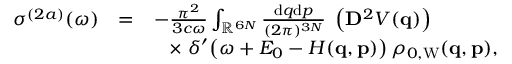
\begin{array} { r l r } { \sigma ^ { ( 2 a ) } ( \omega ) } & { = } & { - \frac { \pi ^ { 2 } } { 3 c \omega } \int _ { \mathbb { R } ^ { 6 N } } \frac { \ensuremath { \mathrm { d } } \b { q } \ensuremath { \mathrm { d } } \b { p } } { ( 2 \pi ) ^ { 3 N } } \; \left( \ensuremath { \mathbf { D } } ^ { 2 } V ( \ensuremath { \mathbf { q } } ) \right) \phantom { x x x x x } } \\ & { } & { \times \; \delta ^ { \prime } \! \left( \omega + E _ { 0 } - H ( \ensuremath { \mathbf { q } } , \ensuremath { \mathbf { p } } ) \right) \rho _ { 0 , \mathrm { W } } ( \ensuremath { \mathbf { q } } , \ensuremath { \mathbf { p } } ) , } \end{array}